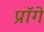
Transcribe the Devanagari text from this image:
प्रॉगे